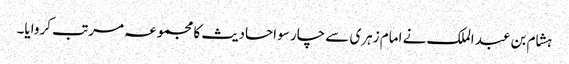
ہشام بن عبد الملک نے امام زہری سے چار سو احادیث کا مجموعہ مرتب کروایا۔